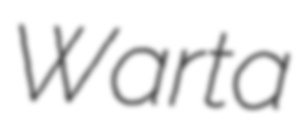
Warta